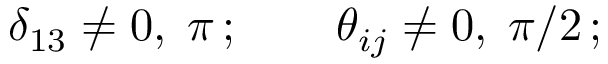
\delta _ { 1 3 } \neq 0 , \; \pi \, ; \qquad \theta _ { i j } \neq 0 , \; \pi / 2 \, ;